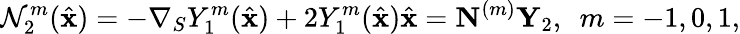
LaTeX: \mathcal{N}_{2}^{m}(\hat{\mathbf{x}})=-\nabla_{S}Y_{1}^{m}(\hat{\mathbf{x}})+2Y_{1}^{m}(\hat{\mathbf{x}})\hat{\mathbf{x}}=\mathbf N^{(m)}\mathbf Y_{2},~~m=-1,0,1,